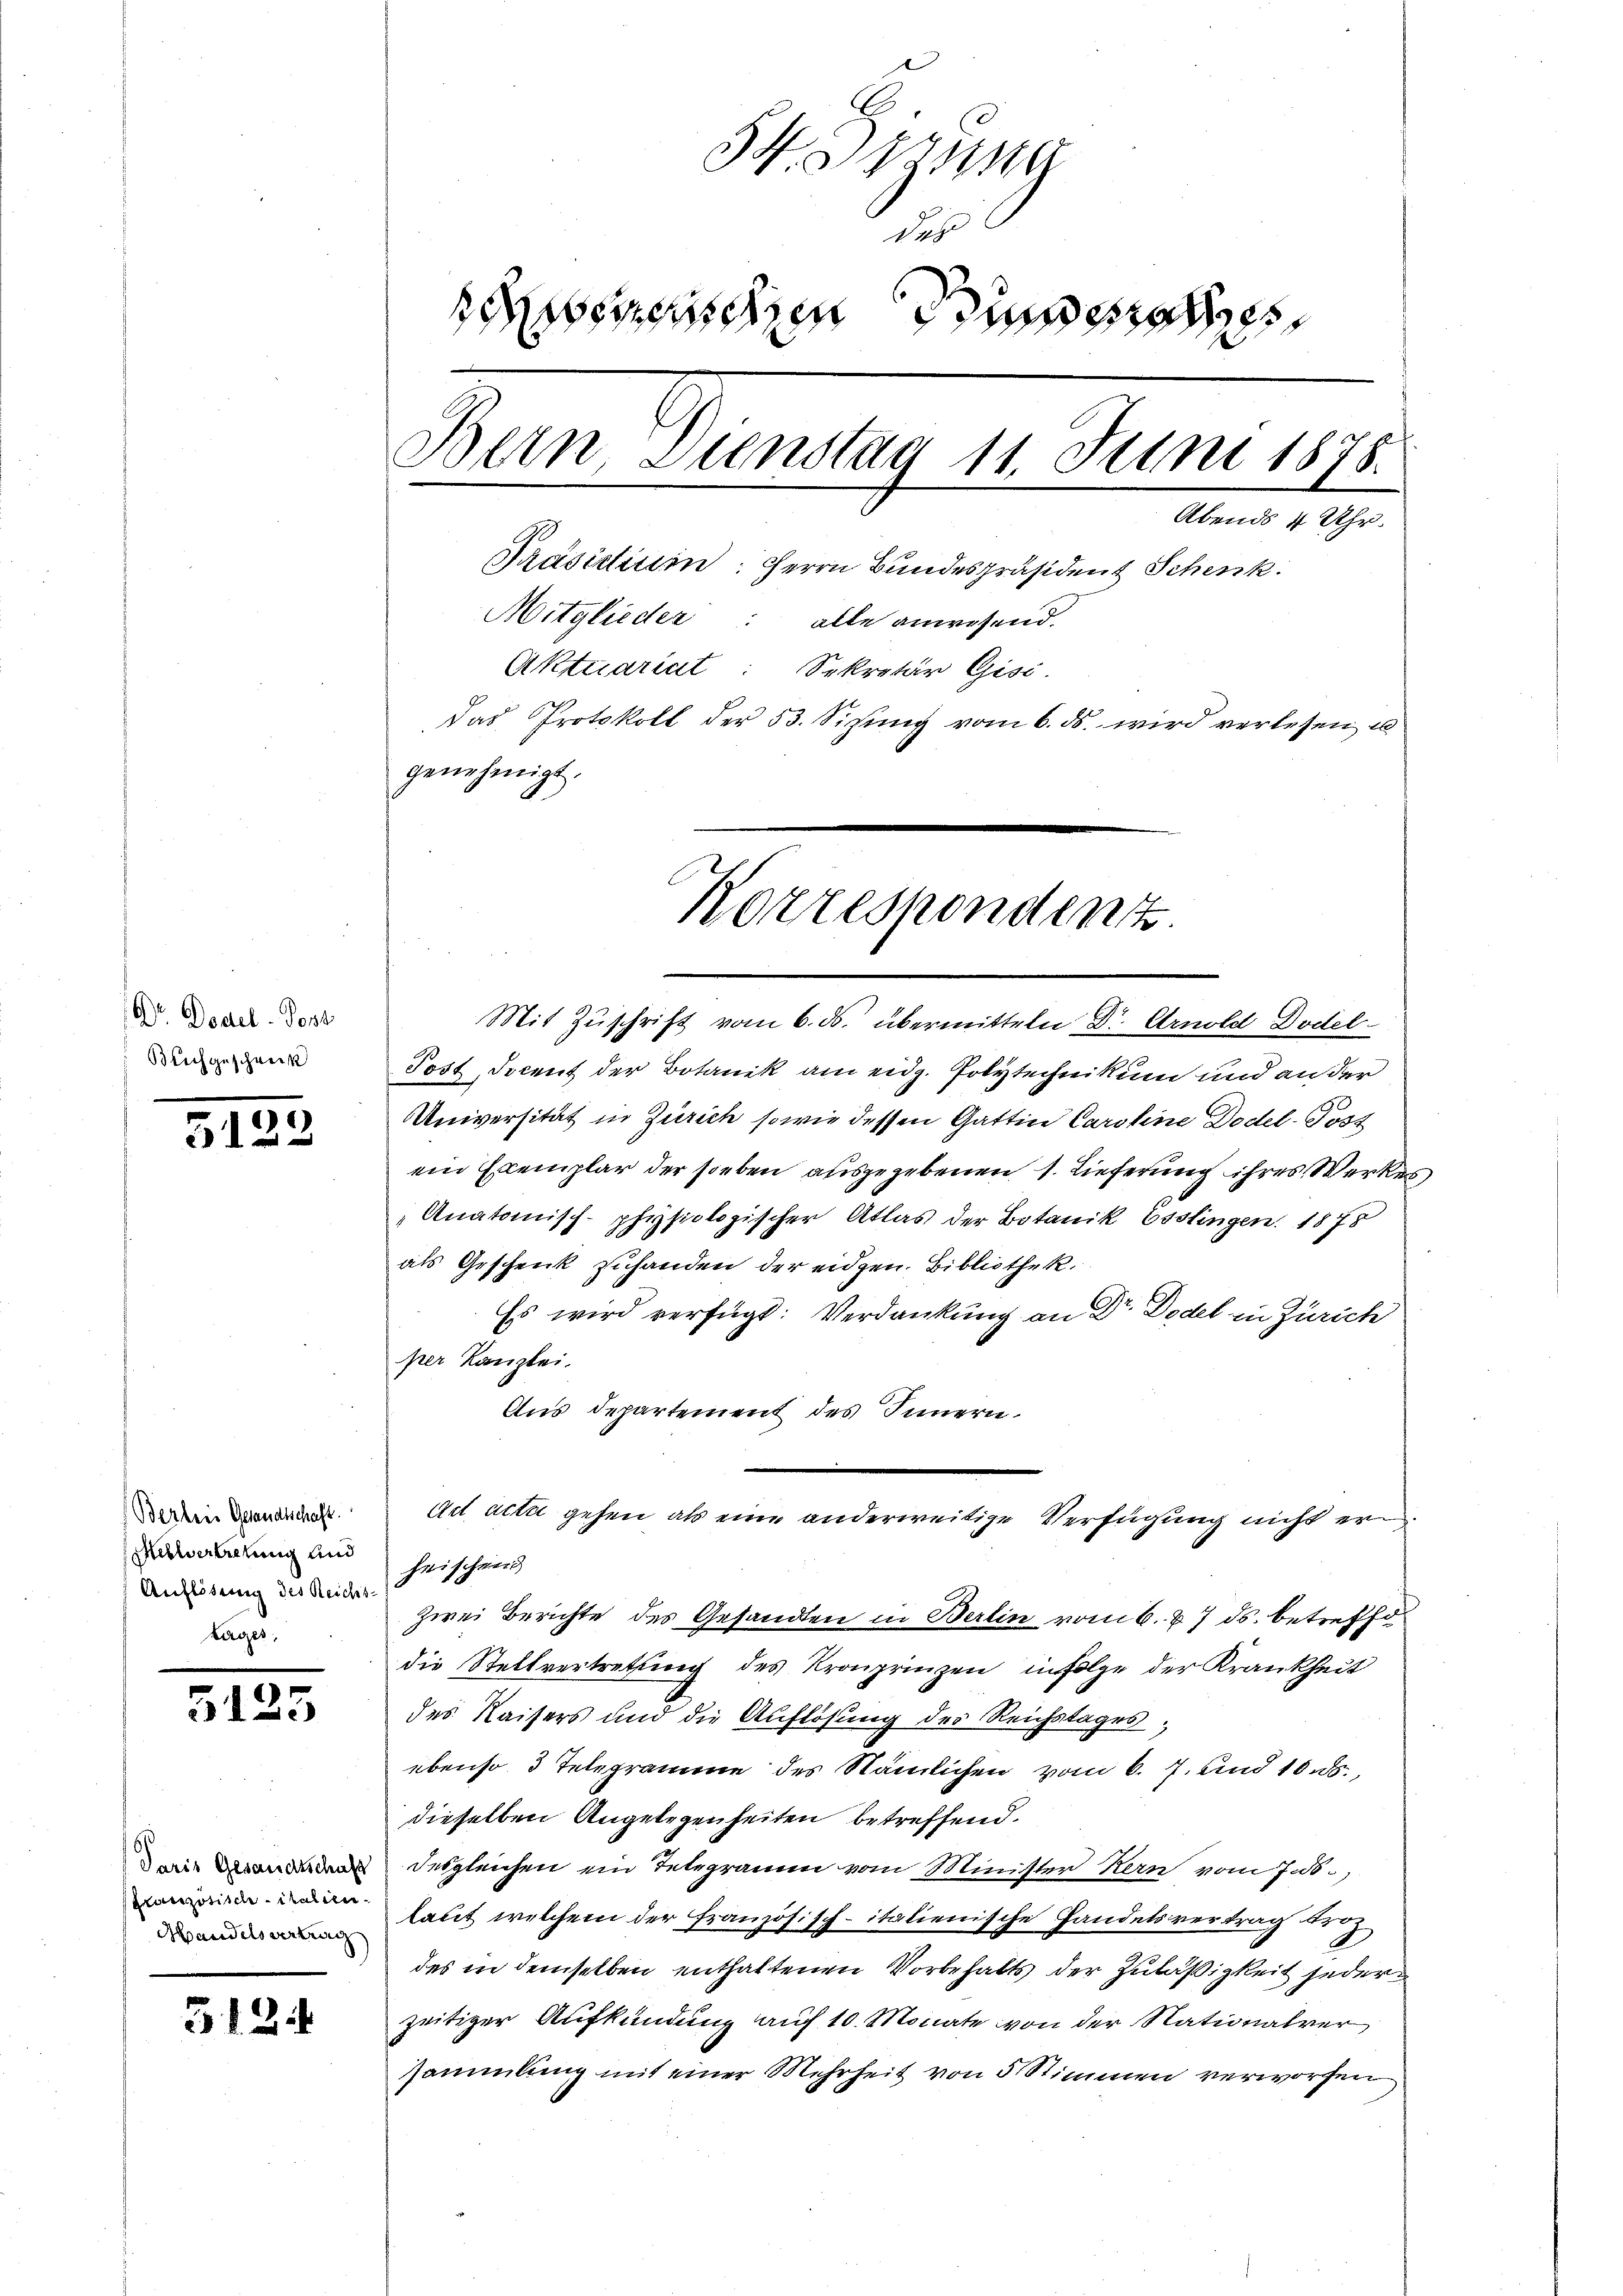
Dr. Dodel - Post
Beichgeschreck

5122

Berbres Gesandschaft.
Anvertretung und
Auflösung des Reichs-
tages,

5125

Paris Gesandtschaft
französisch italien.
Handelsvertrag

312.

54. Sprung
des
semessen dringe
Bern, Dienstag 11. Juni 1878.
Abends 4 Uhr.
Prasirtiuin: Herrn Bundespräsident Schenk
Mitglieder: alle anwesend.
Aktuariat: Sekretär Gisi
Das Protokoll der 53. Sitzŭng vom 6. ds. wird verlesen u
genehmigt.

Korrespondent

Mit Zŭschrift vom 6. ds. übermitteln Dr. Arnold Dodel
Post, Docent der Botanik am eidg. Polytechnikum und an der
Universität in Zürich sowie dessen Gattin Caroline Dodel-Post
ein Exemplar der soeben ausgegebenen 1. Lieferung ihres Werkes
Anatomisch-physiologischer Atlas der Botanik Esslingen. 1878
als Geschenk zuhanden der eidgen. Bibliothek.
Es wird verfügt: Verdankung an Dr. Dodel in Zürich
per Kanzlei.
Aus Departement des Innern.
heischend
zwei Berichte des Gesandten in Berlin vom 6. 87 ds. betreffe
die Stellvertrettung des Kronprinzen in Folge der Krankheit
des Kaisers und die Auflösung des Reichstages,
ebenso 3 Telegramme des Nämlichen vom 6. 7. und 1000.,
dieselben Angelegenheiten betreffend.
desgleichen ein Telegramm vom Minister Kern vom 7. 55.
laut welchem der französisch-italienische Handelsvertrag der
des in demselben enthaltenen Vorbehalts der Zuläßigkeit jeder
zeitiger Aufkündung auf 10. Monate von der Nationalver
sammlung mit einer Mehrheit von 5 Stimmen verworfen

Ad acta gehen als eine anderweitige Verfügung nicht er¬